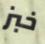
خبز